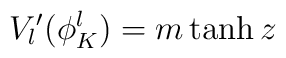
V_{l}{'}(\phi ^{l}_{K})=m\tanh z